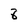
Character: 8